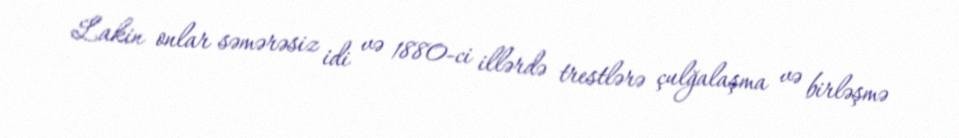
Lakin onlar səmərəsiz idi və 1880-ci illərdə trestlərə çulğalaşma və birləşmə